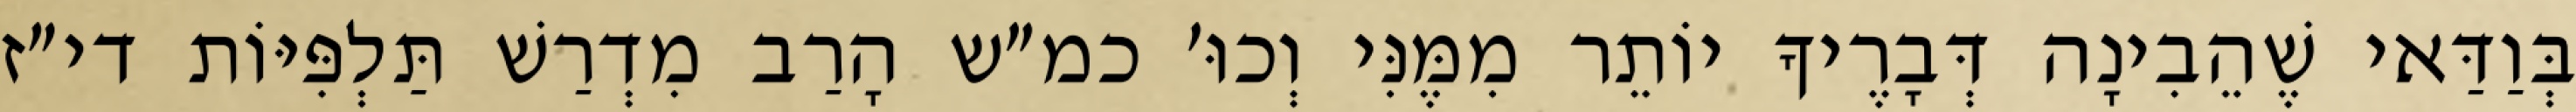
בְּוַדַּאי שֶׁהֵבִינָה דְּבָרֶיךָ יוֹתֵר מִמֶּנִּי וְכוּ׳ כמ״ש הָרַב מִדְרַשׁ תַּלְפִּיּוֹת די״ז